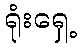
ရုံးရှေ့